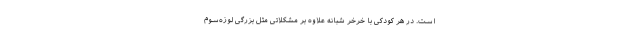
است. در هر کودکی با خرخر شبانه علاوه بر مشکلاتی مثل بزرگی لوزه‌سوم